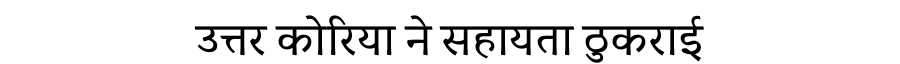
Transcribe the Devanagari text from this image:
उत्तर कोरिया ने सहायता ठुकराई